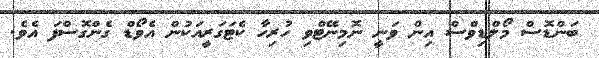
ބަންޑޮސް މޯލްޑިވްސް އިން ވަނީ ނޮމިނޭޓްވި ހުރިހާ ކެޓަގަރީއަކުން އެވޯޑް ގެންގޮސްފަ އެވެ.